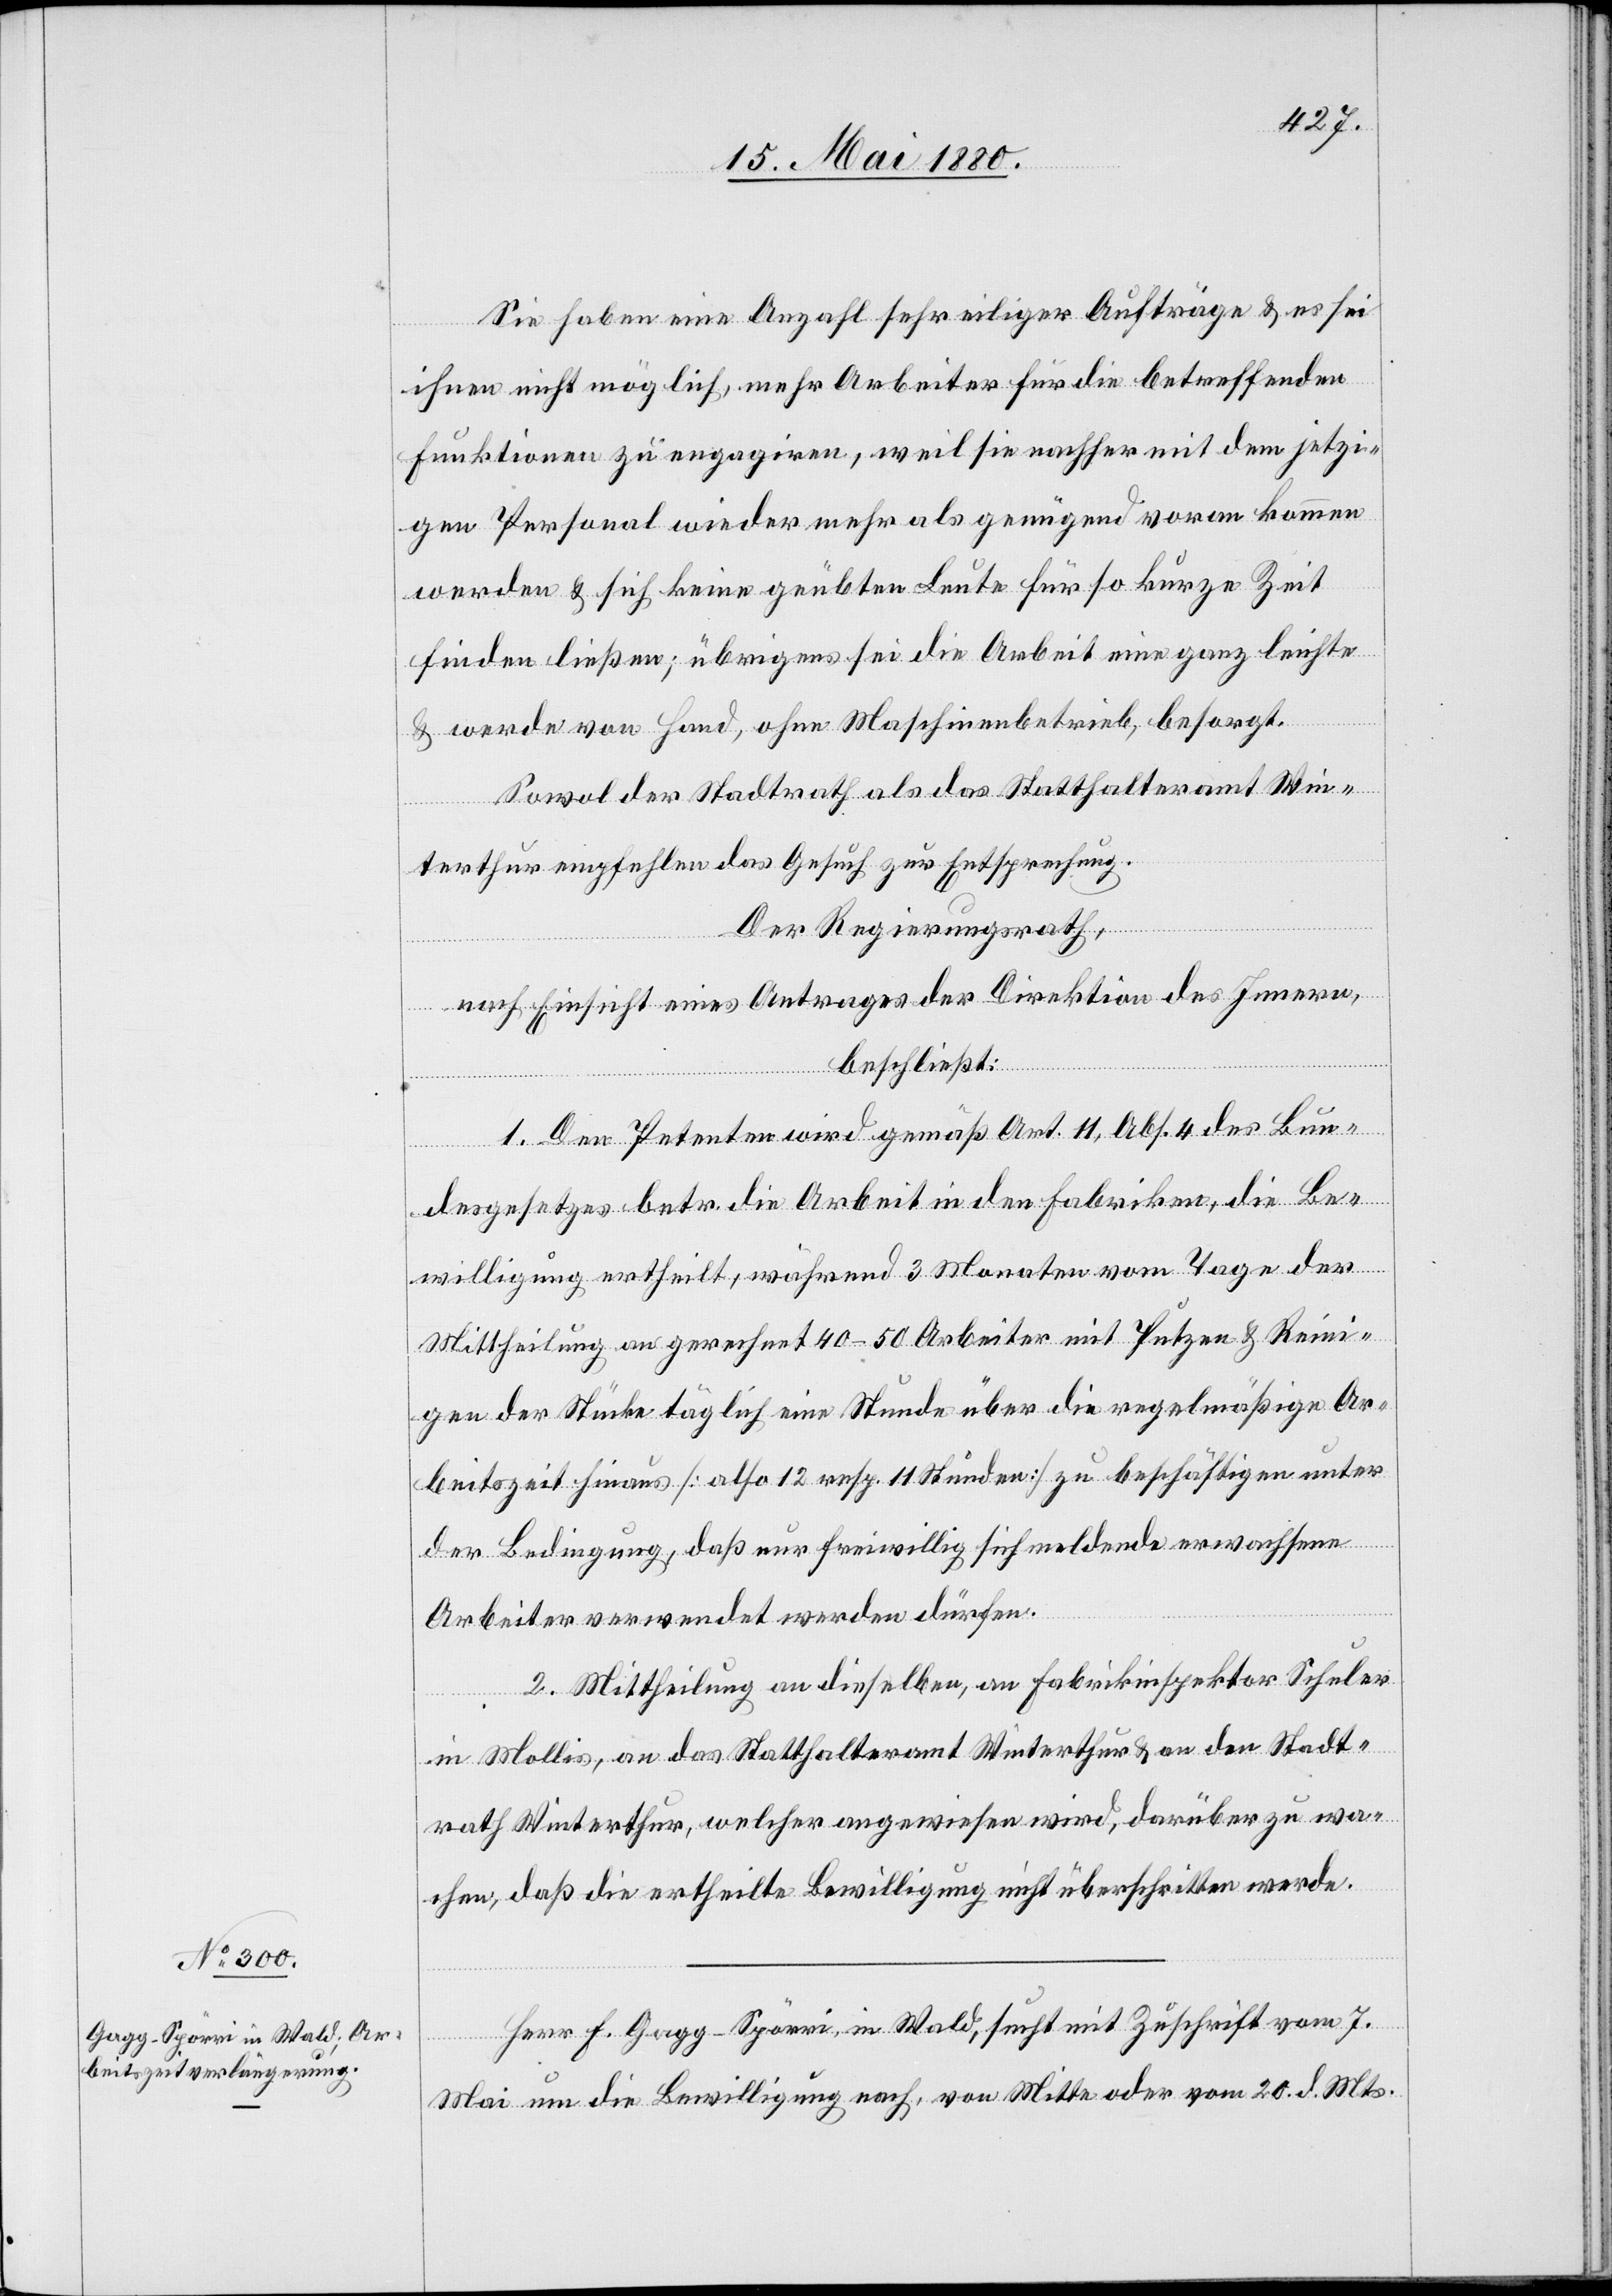
Sie haben eine Anzahl sehr eiliger Aufträge & es sei
ihnen nicht möglich, mehr Arbeiter für die betreffenden
Funktionen zu engagiren, weil sie nachher mit dem jetzi¬
gen Personal wieder mehr als genügend voran kommen
werden & sich keine geübten Leute für so kurze Zeit
finden ließen; übrigens sei die Arbeit eine ganz leichte
& werde von Hand, ohne Maschinenbetrieb, besorgt.
Sowol der Stadtrath als das Statthalteramt Win¬
terthur empfehlen das Gesuch zur Entsprechung.
Der Regierungsrath,
nach Einsicht eines Antrages der Direktion des Innern,
beschließt:
1. Den Petenten wird gemäß Art. 11, Abs. 4 des Bun¬
desgesetzes betr. die Arbeit in den Fabriken, die Be¬
willigung ertheilt, während 3 Monaten vom Tage der
Mittheilung an gerechnet 40–50 Arbeiter mit Putzen & Reini¬
gen der Stücke täglich eine Stunde über die regelmäßige Ar¬
beitszeit [also 12 resp. 11 Stunden] zu beschäftigen unter
der Bedingung, daß nur freiwillig sich meldende erwachsene
Arbeiter verwendet werden dürfen.
2. Mittheilung an dieselben, an Fabrikinspektor Schuler
in Mollis, an das Statthalteramt Winterthur & an den Stadt¬
rath Winterthur, welcher angewiesen wird, darüber zu wa¬
chen, daß die ertheilte Bewilligung nicht überschritten werde.
Herr F. Gagg-Spörri, in Wald, sucht mit Zuschrift vom 7.
Mai um die Bewilligung nach, von Mitte oder vom 20. d. Mts.